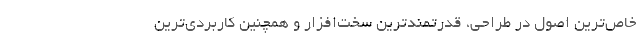
خاص‌ترین اصول در طراحی، قدرتمندترین سخت‌افزار و همچنین کاربردی‌ترین